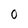
Character: 0